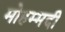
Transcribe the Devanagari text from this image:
मोहम्‍मदी